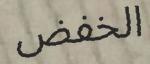
الخفض